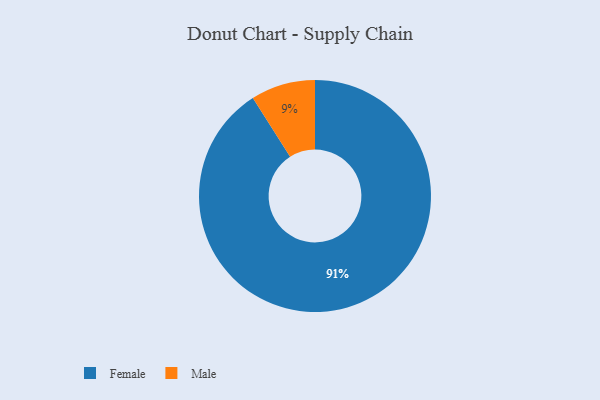
{"axis": {"x": "Category", "y": "Percentage"}, "legend": ["Female", "Male"], "data": [{"x": "Male", "y": 9, "type": "Male"}, {"x": "Female", "y": 91, "type": "Female"}]}